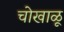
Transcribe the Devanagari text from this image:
चोखाळू